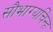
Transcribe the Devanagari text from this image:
सौभाग्यचिन्ह